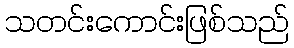
သတင်းကောင်းဖြစ်သည်